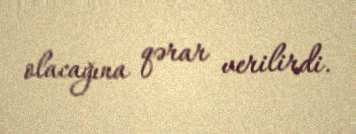
olacağına qərar verilirdi.